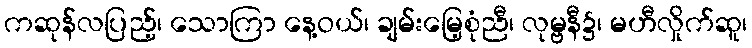
ကဆုန်လပြည့်၊ သောကြာ နေ့ဝယ်၊ ချမ်းမြေ့စုံညီ၊ လုမ္ဗနီ၌၊ မဟီလှိုက်ဆူ၊